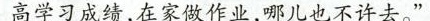
高学习成绩，在家做作业，哪儿也不许去。”